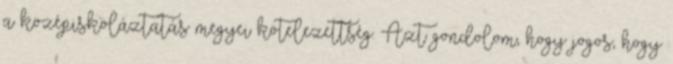
a középiskoláztatás megyei kötelezettség. Azt gondolom, hogy jogos, hogy